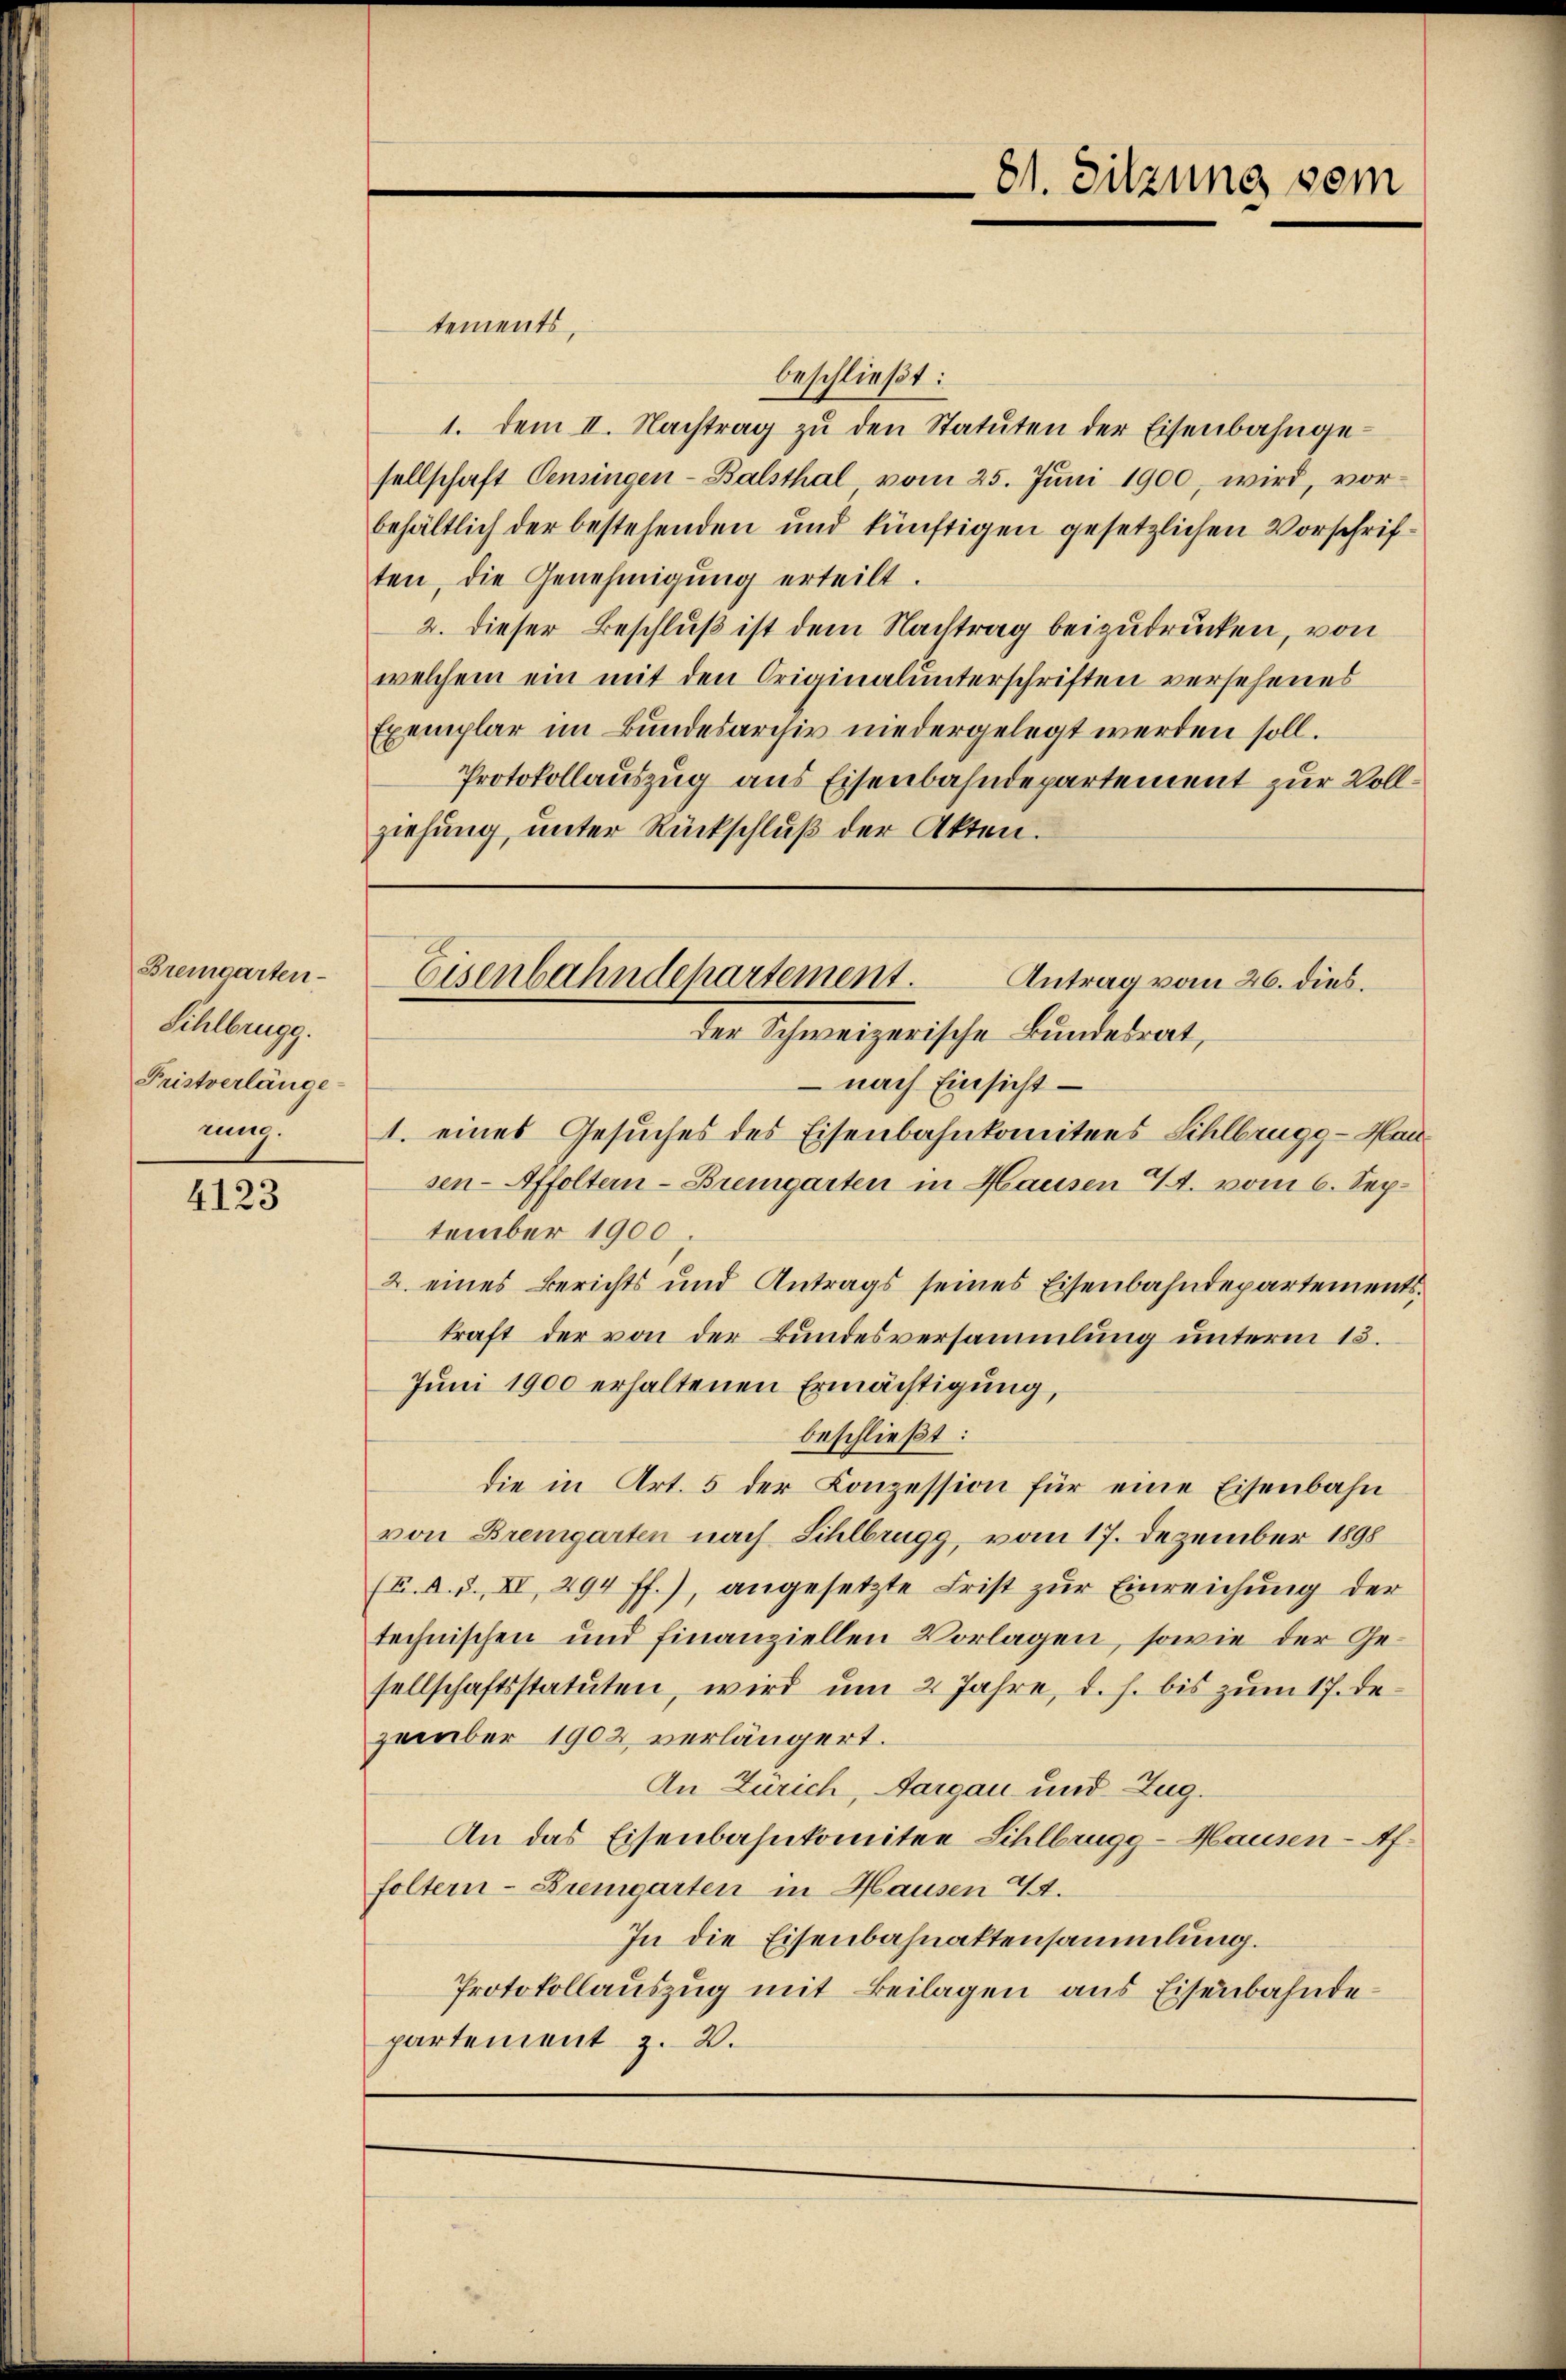
Bremgarten
Sihlbrugg.
Fristverlänge-
ung.

4123

tements,
beschließt:
1. dem II. Nachtrag zŭ den Statuten der Eisenbahngesellschaft Pensingen-Balsthal vom 25. Juni 1900, wird, vor-
behältlich der bestehenden und künftigen gesetzlichen Vorschriften, die Genehmigŭng erteilt.
2. dieser Beschluß ist dem Nachtrag beizudrücken, von
welchem ein mit den Originalunterschriften versehenes
Exemplar im Bundesarchiv niedergelegt werden soll.
Protokollauszug aus Eisenbahndepartement zur Vollziehung, unter Rückschlŭβ der Akten.

nach Einsicht
1. eines Gesuches des Eisenbahnkomitees Sihlbrugg-Hau
sen-Affoltern-Bremgarten in Hausen E. vom 6. September 1900.
2. eines Berichts und Antrags seines Eisenbahndepartements
kraft der von der Bundesversammlung unterm 13.
Juni 1900 erhaltenen Ermächtigung,
beschließt:
die in Art. 5 der Konzession für eine Eisenbahn
von Bremgarten nach Sihlbrugg, vom 17. Dezember 1898
(E. A. S. XI, 294 ff.), angesetzte Frist zur Einreichung der
technischen und finanziellen Vorlagen, sowie der Gesellschaftsstatuten, wird um 2 Jahre, d. h. bis zum 17. Dezember 1902 verlängert.
An Zürich, Aargau und Zug.
An das Eisenbahnkomitee Sihlbrugg-Hausen-Affoltern-Bremgarten in Hausen 44.
In die Eisenbahnaktensammlung.
Protokollauszug mit Beilagen aus Eisenbahndepartement z. B.

81. Sitzung vom

Eisenbahndepartement.
Antrag vom 26. dies.
der Schweizerische Bundesrat,